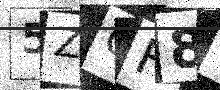
Text: 5ZOF89